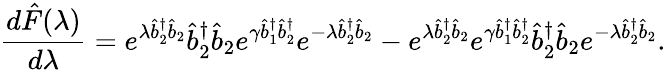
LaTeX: \frac{d\hat{F}(\lambda)}{d\lambda}=e^{\lambda\hat{b}_{2}^{\dagger}\hat{b}_{2}}\hat{b}_{2}^{\dagger}\hat{b}_{2}e^{\gamma\hat{b}_{1}^{\dagger}\hat{b}_{2}^{\dagger}}e^{-\lambda\hat{b}_{2}^{\dagger}\hat{b}_{2}}-e^{\lambda\hat{b}_{2}^{\dagger}\hat{b}_{2}}e^{\gamma\hat{b}_{1}^{\dagger}\hat{b}_{2}^{\dagger}}\hat{b}_{2}^{\dagger}\hat{b}_{2}e^{-\lambda\hat{b}_{2}^{\dagger}\hat{b}_{2}}.